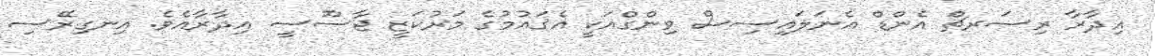
އިދާރާ ރިސަރޗް އެންޑް އެނަލައިސިސް ވިންގްއަކީ އެޤައުމުގެ މަރުކަޒީ ޖާސޫސީ އިދާރާއެވެ. އިނގިރޭސި